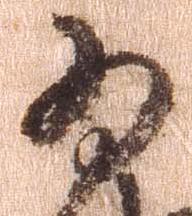
為